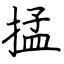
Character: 掹